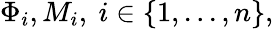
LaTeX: \Phi_{i},M_{i},\mathrm{~}i\in\{ 1,...,n\} ,